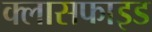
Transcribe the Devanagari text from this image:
क्लासफाइड